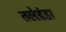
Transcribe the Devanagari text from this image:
तलेडंडा